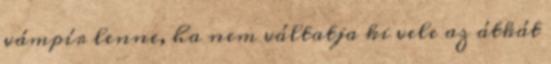
vámpír lenne, ha nem váltatja ki vele az átkát